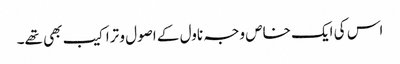
اس کی ایک خاص وجہ ناول کے اصول و تراکیب بھی تھے۔